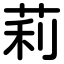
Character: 莉